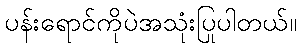
ပန်းရောင်ကိုပဲအသုံးပြုပါတယ်။